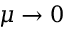
\mu \to 0